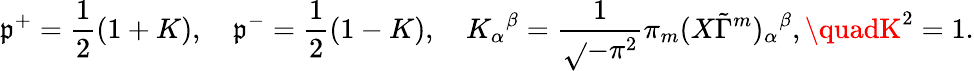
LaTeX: \mathfrak{p}^{+}=\frac{{1}}{{2}}(1+K),\quad\mathfrak{p}^{-}=\frac{{1}}{{2}}(1-K),\quad{K_{\alpha}}^{\beta}=\frac{{1}}{{\sqrt{}{{-\pi^{2}}}}}\pi_{m}(X\tilde{{\Gamma}}^{m})_{\alpha}{}^{\beta},\quadK^{2}=1.